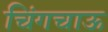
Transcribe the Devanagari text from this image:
चिंगचाऊ